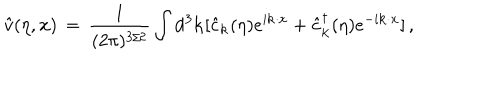
LaTeX: { \hat { v } } ( \eta , { \bf x } ) \, = \, \frac { 1 } { ( 2 \pi ) ^ { 3 / 2 } } \int \mathrm { d } ^ { 3 } { \bf k } [ { \hat { c } } _ { \bf k } ( \eta ) e ^ { i { \bf k } \cdot { \bf x } } + { \hat { c } } _ { \bf k } ^ { \dagger } ( \eta ) e ^ { - i { \bf k } \cdot { \bf x } } ] \, ,